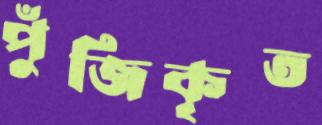
পুঁজিকৃত